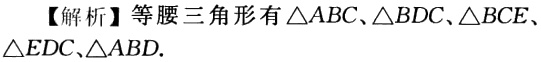
【解析】等腰三角形有\(\triangle ABC\)、\(\triangle BDC\)、\(\triangle BCE\)、\(\triangle EDC\)、\(\triangle ABD\).